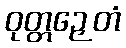
ဝုတ္တဉှေတံ